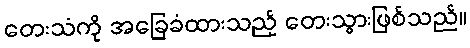
တေးသံကို အခြေခံထားသည့် တေးသွားဖြစ်သည်။